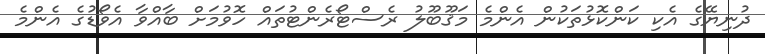
ދުނިޔޭގެ އެކި ކަންކޮޅުތަކުން އެންމެ މަޤޫބޫލު ރެސްޓޯރެންޓުތައް ހޮވުމަށް ބާއްވާ އެވޯޑުގެ އެންމެ